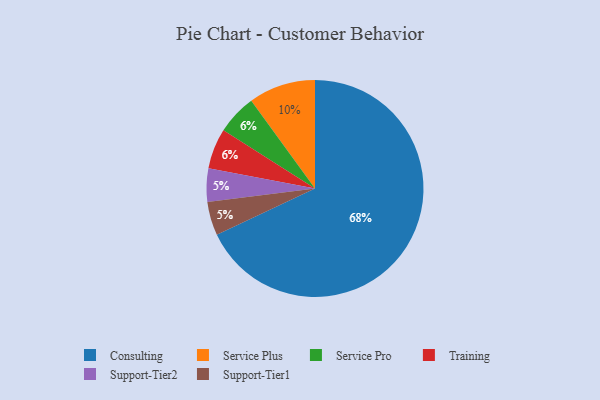
{"axis": {"x": "Category", "y": "Percentage"}, "legend": ["Consulting", "Service Plus", "Service Pro", "Support-Tier1", "Support-Tier2", "Training"], "data": [{"x": "Support-Tier2", "y": 5, "type": "Support-Tier2"}, {"x": "Service Pro", "y": 6, "type": "Service Pro"}, {"x": "Consulting", "y": 68, "type": "Consulting"}, {"x": "Service Plus", "y": 10, "type": "Service Plus"}, {"x": "Support-Tier1", "y": 5, "type": "Support-Tier1"}, {"x": "Training", "y": 6, "type": "Training"}]}